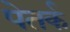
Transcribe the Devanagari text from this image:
पेतर्क